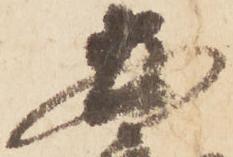
安